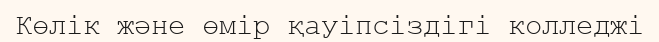
Көлік және өмір қауіпсіздігі колледжі